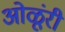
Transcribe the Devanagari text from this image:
ओळूंरी